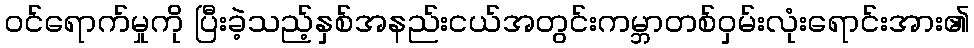
ဝင်ရောက်မှုကို ပြီးခဲ့သည့်နှစ်အနည်းငယ်အတွင်းကမ္ဘာတစ်ဝှမ်းလုံးရောင်းအား၏